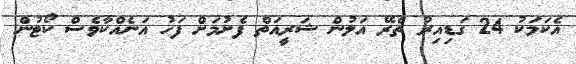
އެކަމަކު 24 ގަޑިއިރު ތެރޭ އަލުން ޝަރީއަތް ފެށުމަށް ފަހު އަނެއްކާވެސް ކޯޓުން